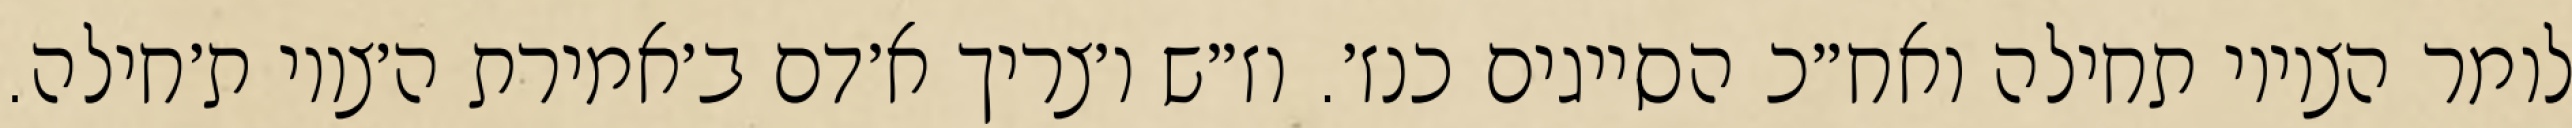
לומר הציווי תחילה ואח״כ הסייגים כנז׳. וז״ש ו׳צריך א׳דם ב׳אמירת ה׳צווי ת׳חילה.